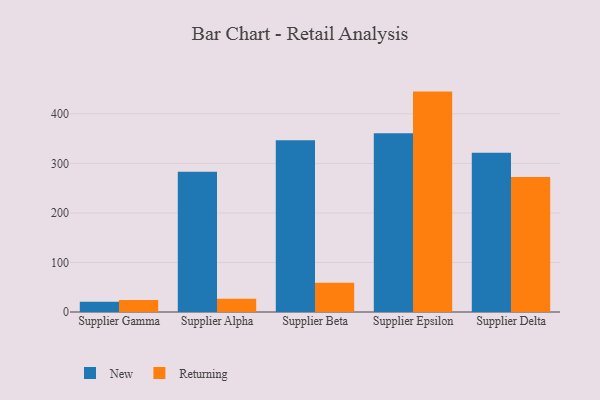
{"axis": {"x": "Supplier", "y": "Conversion Rate (%)"}, "legend": ["New", "Returning"], "data": [{"x": "Supplier Gamma", "y": 20.8, "type": "New"}, {"x": "Supplier Gamma", "y": 24.0, "type": "Returning"}, {"x": "Supplier Alpha", "y": 283.0, "type": "New"}, {"x": "Supplier Alpha", "y": 26.6, "type": "Returning"}, {"x": "Supplier Beta", "y": 346.7, "type": "New"}, {"x": "Supplier Beta", "y": 59.2, "type": "Returning"}, {"x": "Supplier Epsilon", "y": 360.8, "type": "New"}, {"x": "Supplier Epsilon", "y": 444.9, "type": "Returning"}, {"x": "Supplier Delta", "y": 321.7, "type": "New"}, {"x": "Supplier Delta", "y": 272.7, "type": "Returning"}]}